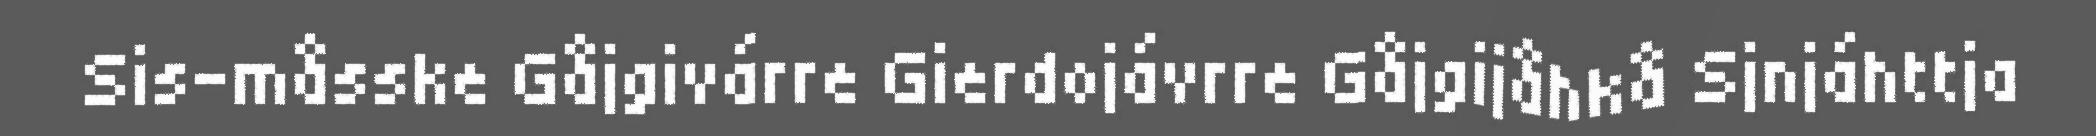
Sis-måsske Gåjgivárre Gierdojávrre Gåjgijåhkå Sjnjáhttja